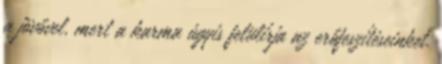
a jövővel, mert a karma úgyis felülírja az erőfeszítéseinket.